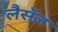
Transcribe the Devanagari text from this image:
लैसॅल